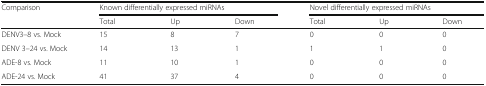
| <ROWSPAN=2> Comparison | <COLSPAN=3> Known differentially expressed miRNAs | <COLSPAN=3> Novel differentially expressed miRNAs |
 | Total | Up | Down | Total | Up | Down |
 | --- | --- | --- | --- | --- | --- | --- |
 | DENV3–8 vs. Mock | 15 | 8 | 7 | 0 | 0 | 0 |
 | DENV 3–24 vs. Mock | 14 | 13 | 1 | 1 | 1 | 0 |
 | ADE-8 vs. Mock | 11 | 10 | 1 | 0 | 0 | 0 |
 | ADE-24 vs. Mock | 41 | 37 | 4 | 0 | 0 | 0 |